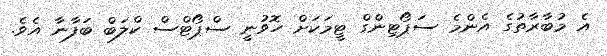
އެ މުބާރާތުގެ އެންމެ ސަޕޯޓިންގް ޓީމަކަށް ހޮވުނީ ސްޕޯޓްސް ކްލަބް ބަފާނާ އެވެ.